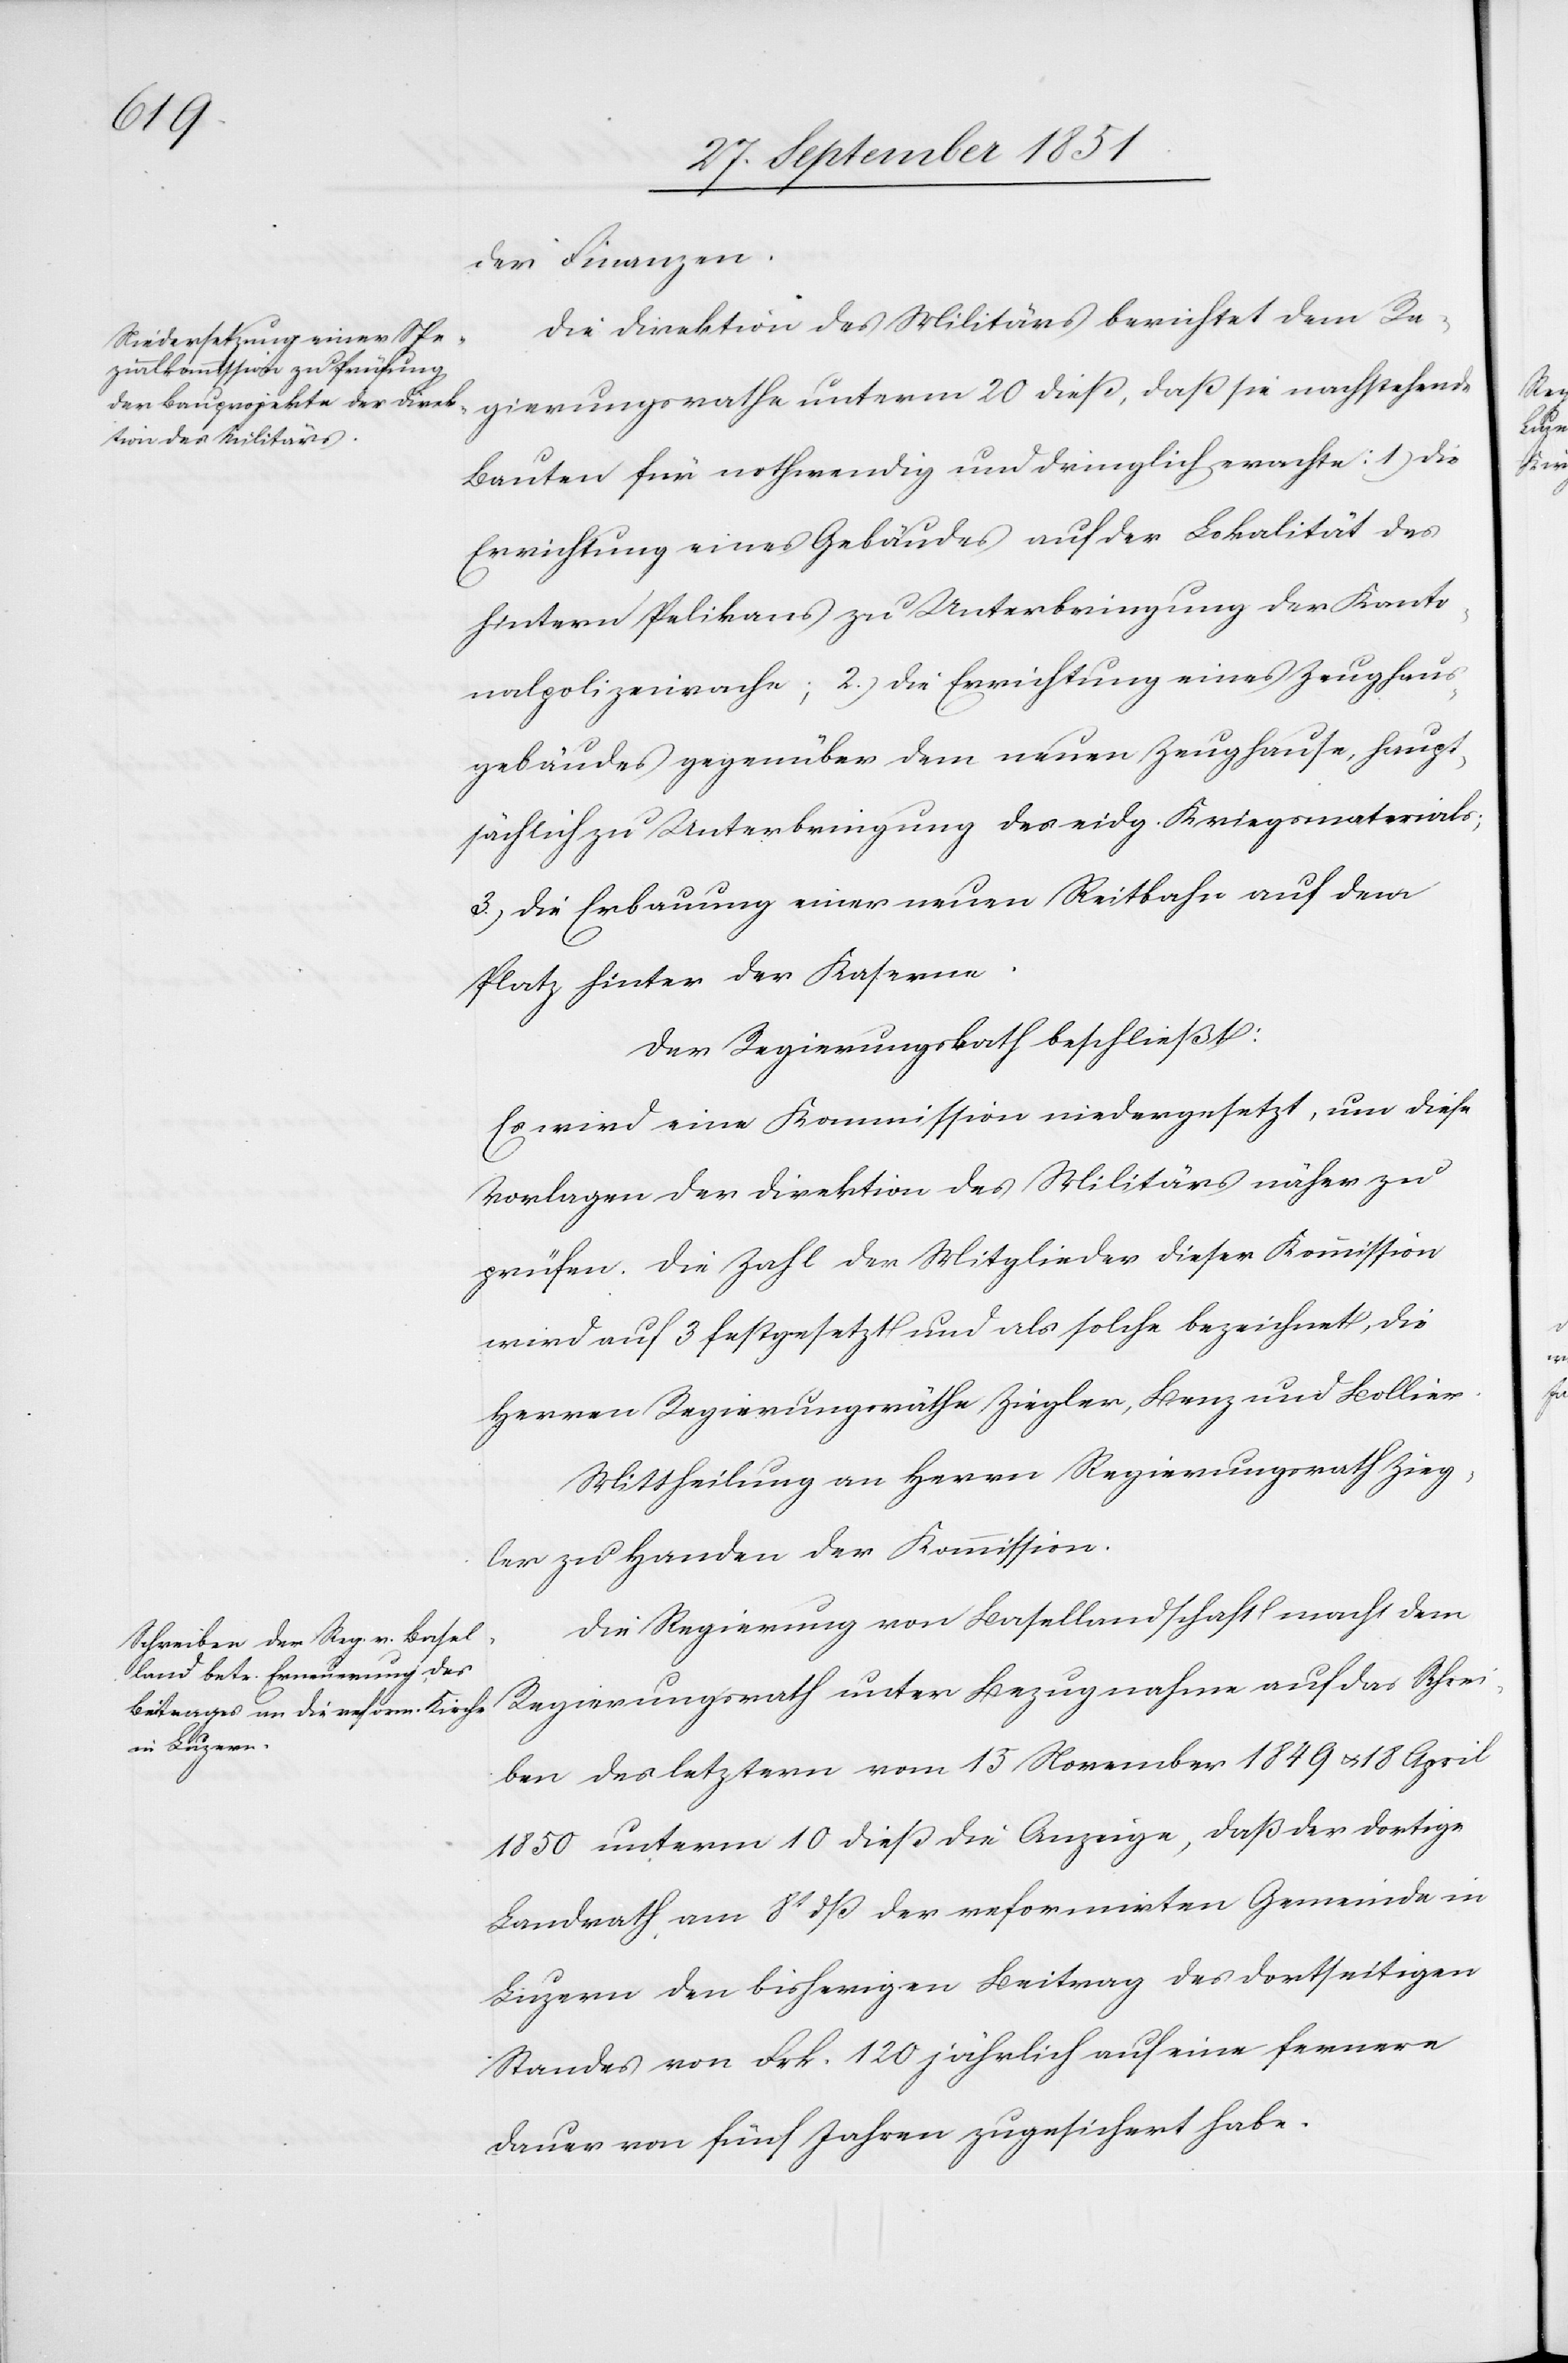
der Finanzen.
Die Direktion des Militärs berichtet dem Re¬
gierungsrathe unterm 20 dieß, daß sie nachstehende
Bauten für nothwendig und dringlich erachte: 1) die
Errichtung eines Gebäudes auf der Lokalität des
hintern Pelikans zu Unterbringung der Kanto¬
nalpolizeiwache; 2.) die Errichtung eines Zeughaus¬
gebäudes gegenüber dem neuen Zeughause, haupt¬
sächlich zu Unterbringung des eidg. Kriegsmaterials;
3.) die Erbauung einer neuen Reitbahn auf dem
Platz hinter der Kaserne.
Der Regierungsrath beschließt:
Es wird eine Kommission niedergesetzt, um diese
Vorlagen der Direktion des Militärs näher zu
prüfen. Die Zahl der Mitglieder dieser Kommission
wird auf 3 festgesetzt und als solche bezeichnet, die
Herren Regierungsräthe Ziegler, Benz und Bollier.
Mittheilung an Herrn Regierungsrath Zieg¬
ler zu Handen der Kommission.
Die Regierung von Basellandschaft macht dem
Regierungsrath unter Bezugnahme auf das Schrei¬
ben des letztern vom 15 November 1849 & 18 April
1850 unterm 10 dieß die Anzeige, daß der dortige
Landrath am 8t dß der reformirten Gemeinde in
Luzern den bisherigen Beitrag des dortseitigen
Standes von Frk. 120 jährlich auf eine fernere
Dauer von fünf Jahren zugesichert habe.